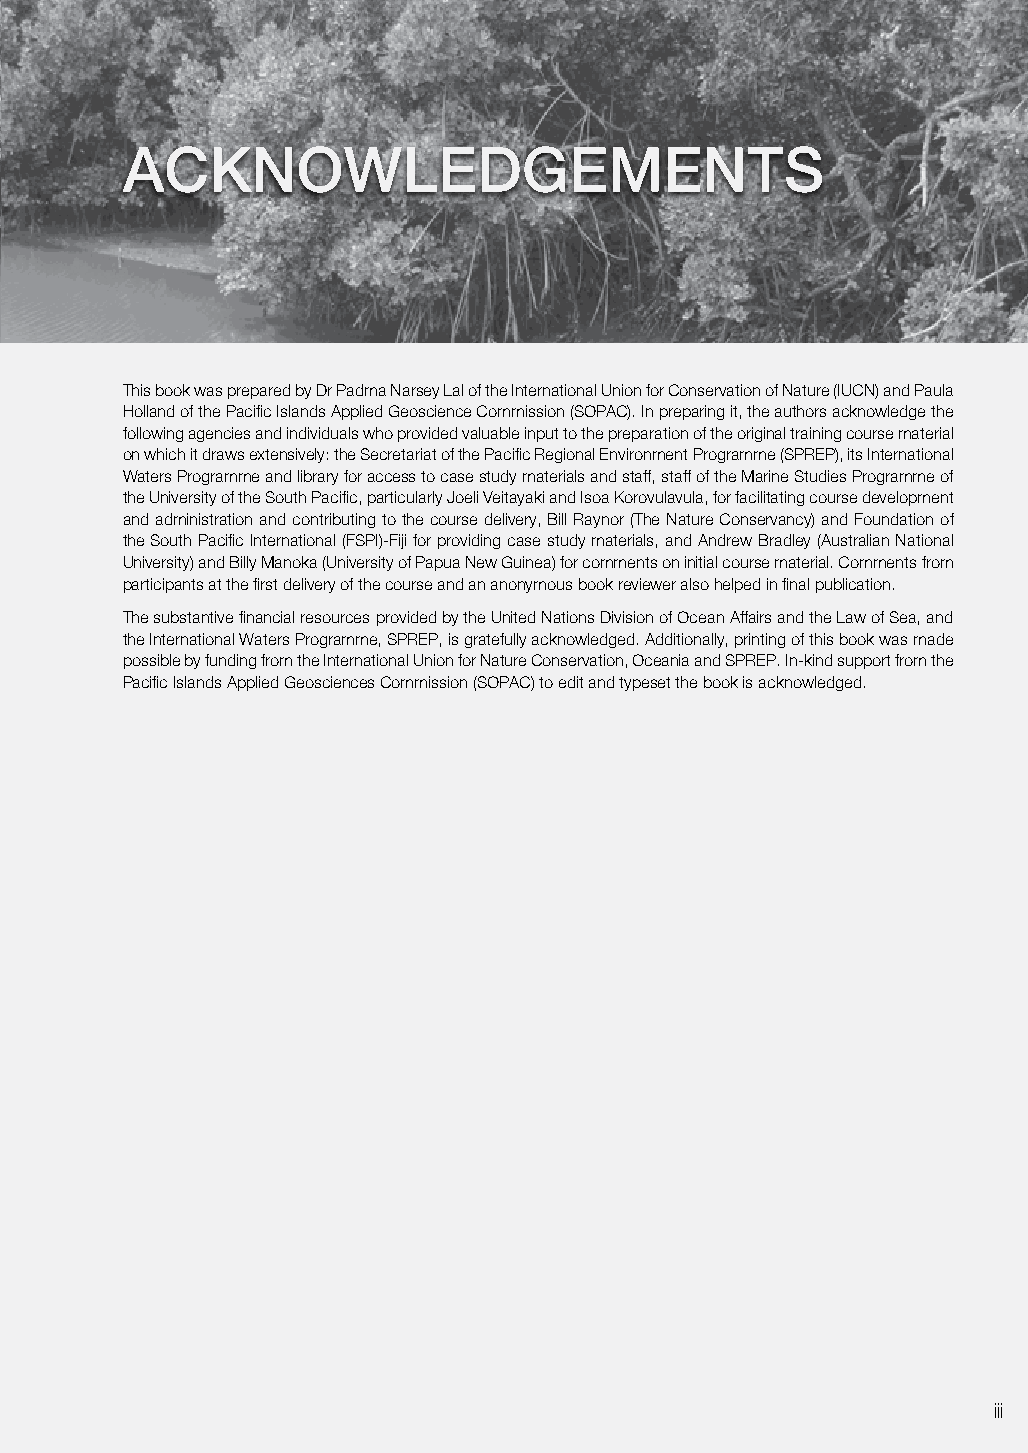
Preface acknowledgements
 It is generally acknowledged that managers of environmental or natural resource management projects need to have not This book was prepared by Dr Padma Narsey Lal of the International Union for Conservation of Nature (IUCN) and Paula
 only good communication and management skills and a good technical knowledge of the resources they are managing, Holland of the Pacific Islands Applied Geoscience Commission (SOPAC). In preparing it, the authors acknowledge the
 but also a good appreciation of economic concepts to increase the likelihood of success. While such project managers following agencies and individuals who provided valuable input to the preparation of the original training course material
 often have good communication and managerial skills and scientific knowledge, their knowledge of economics and how on which it draws extensively: the Secretariat of the Pacific Regional Environment Programme (SPREP), its International
 it can contribute to the success of resource and environmental projects is often limited at best. Waters Programme and library for access to case study materials and staff, staff of the Marine Studies Programme of
 the University of the South Pacific, particularly Joeli Veitayaki and Isoa Korovulavula, for facilitating course development
 To address the gaps in economic expertise in resource and environmental projects in the Pacific, the Secretariat of the
 and administration and contributing to the course delivery, Bill Raynor (The Nature Conservancy) and Foundation of
 Pacific Regional Environment Programme (SPREP), under its Global Environment Facility (GEF) funded International
 the South Pacific International (FSPI)-Fiji for providing case study materials, and Andrew Bradley (Australian National
 Waters Project, initiated in 2002 a training course on basic environmental economics. The development and the design
 University) and Billy Manoka (University of Papua New Guinea) for comments on initial course material. Comments from
 of the course was largely funded by the United Nations Division of Ocean Affairs and the Law of Sea and the United
 participants at the first delivery of the course and an anonymous book reviewer also helped in final publication.
 Nations Development Programme.
 The substantive financial resources provided by the United Nations Division of Ocean Affairs and the Law of Sea, and
 Development and delivery of course material occurred under the leadership and guidance of Dr Padma Narsey Lal, then
 the International Waters Programme, SPREP, is gratefully acknowledged. Additionally, printing of this book was made
 Director of the Graduate Studies Program in Environment Management and Development, at the Australian National
 possible by funding from the International Union for Nature Conservation, Oceania and SPREP. In-kind support from the
 University (ANU), in collaboration with Ms Paula Holland, then Resource Economist with the International Waters
 Pacific Islands Applied Geosciences Commission (SOPAC) to edit and typeset the book is acknowledged.
 Programme, SPREP. It also involved the support of the University of the South Pacific, as the designated South Pacific
 Curriculum Development Unit of the United Nations as well as the UN TRAINMAR Resource Centre in Malaysia.
 This book draws heavily on the notes prepared for the course and targets non-economists. The book is primarily aimed
 at providing assistance to project managers in the Pacific to increase the success of projects.
 Key economic concepts, principles and topics covered in this book reflect issues that project managers are likely to
 encounter during the life cycle of a project. The book is designed to provide a practical and operational approach to
 considering economics for resource and environmental management, and to guide individuals involved in designing
 and implementing resource and environment projects in the Pacific. Although the book is written with project managers
 in the Pacific in mind, and uses case study examples from the Pacific islands, the economic concepts and principles
 covered in this book are also likely to be relevant to project managers around the developing world.
 ii                                                                iii